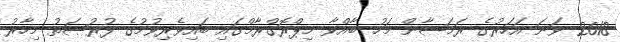
2018 ވަނަ އަހަރުގެ ރަމަޟާން މަހު ބާއްވާ މިޕްރޮގްރާމްގައި ބައިވެރިވުމުގެ ފުރުޞަތު މިހާރު